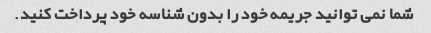
شما نمی توانید جریمه خود را بدون شناسه خود پرداخت کنید.